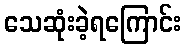
သေဆုံးခဲ့ရကြောင်း